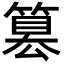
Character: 篡